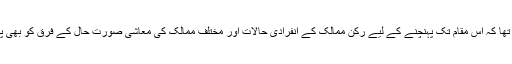
‘‘ ان کا تاہم یہ بھی کہنا تھا کہ اس مقام تک پہنچنے کے لیے رکن ممالک کے انفرادی حالات اور مختلف ممالک کی معاشی صورت حال کے فرق کو بھی پیش نظر رکھنا پڑے گا۔